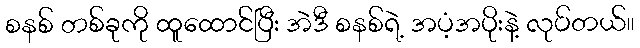
စနစ် တစ်ခုကို ထူထောင်ပြီး အဲဒီ စနစ်ရဲ့ အပံ့အပိုးနဲ့ လုပ်တယ်။